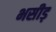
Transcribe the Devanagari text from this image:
भसीड़